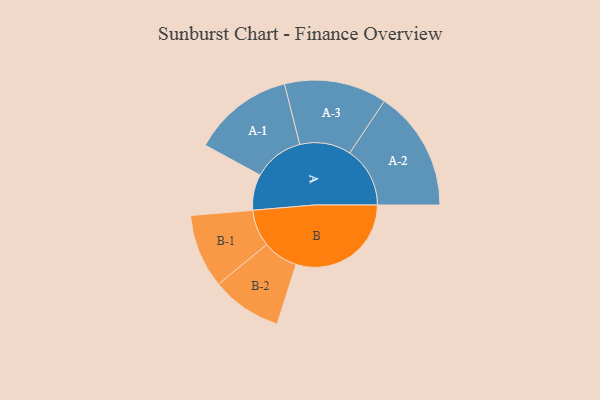
{"axis": {"x": "Segment", "y": "Value"}, "legend": ["", "A", "B"], "data": [{"x": "A", "y": 155, "type": ""}, {"x": "B", "y": 499, "type": ""}, {"x": "A-1", "y": 219, "type": "A"}, {"x": "A-2", "y": 261, "type": "A"}, {"x": "A-3", "y": 222, "type": "A"}, {"x": "B-1", "y": 160, "type": "B"}, {"x": "B-2", "y": 153, "type": "B"}]}